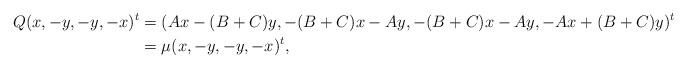
LaTeX: \begin{align*} Q(x,-y,-y,-x)^t &= (Ax - (B+C)y,-(B+C)x-Ay,-(B+C)x-Ay,-Ax+(B+C)y)^t\\ &=\mu(x,-y,-y,-x)^t, \end{align*}